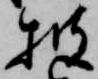
披